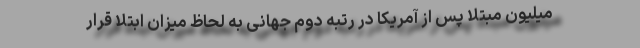
میلیون مبتلا پس از آمریکا در رتبه دوم جهانی به لحاظ میزان ابتلا قرار